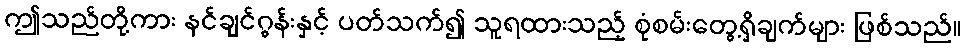
ဤသည်တို့ကား နင်ချင်ဂွန်းနှင့် ပတ်သက်၍ သူရထားသည့် စုံစမ်းတွေ့ရှိချက်များ ဖြစ်သည်။